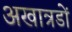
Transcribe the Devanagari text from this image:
अखात्रडों